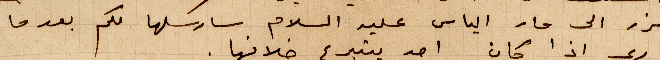
نزر الى مار الياس عليه السلام سارسلها لكم بعدما